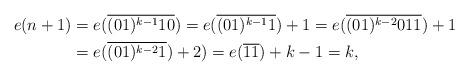
LaTeX: \begin{align*} e( n+1) &= e( \overline{( 01) ^{k-1}10}) = e( \overline{( 01) ^{k-1}1}) +1=e( \overline{( 01) ^{k-2}011}) +1 \\&= e( \overline{( 01) ^{k-2}1}) +2) =e( \overline{11}) +k-1= k, \\ \end{align*}